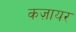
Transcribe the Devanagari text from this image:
कज़ायर